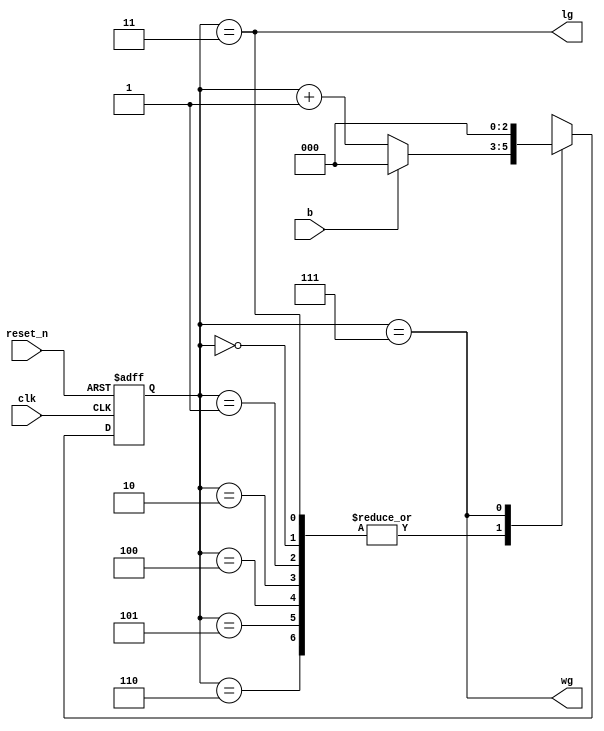
`timescale 1ns / 1ps

module lg_wg_fsm(
    input clk, reset_n, b,
    output lg, wg
    );
    
    reg [2:0] state_next, state_reg;
    localparam s0 = 0;
    localparam s1 = 1;
    localparam s2 = 2;
    localparam s3 = 3;
    localparam s4 = 4;
    localparam s5 = 5;
    localparam s6 = 6;
    localparam s7 = 7;
    
    // State Register
    always@(posedge clk, negedge reset_n)
    begin
        if(~reset_n)
                state_reg <= s0;
        else
                state_reg <= state_next;
    end
    
    // Next State Logic
    always@(*)
    begin
        state_next = state_reg;
        case(state_reg)
        s0, s1, s2, s3, s4, s5, s6: 
            if(~b)
                state_next = state_reg + 1;
            else
                state_next = s0;
        s7: state_next = s0;
        default: state_next = state_reg;
        endcase
    end
    
    assign lg = (state_reg == s3);
    assign wg = (state_reg == s7);
endmodule